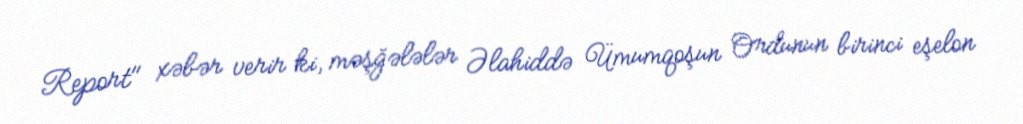
Report" xəbər verir ki, məşğələlər Əlahiddə Ümumqoşun Ordunun birinci eşelon